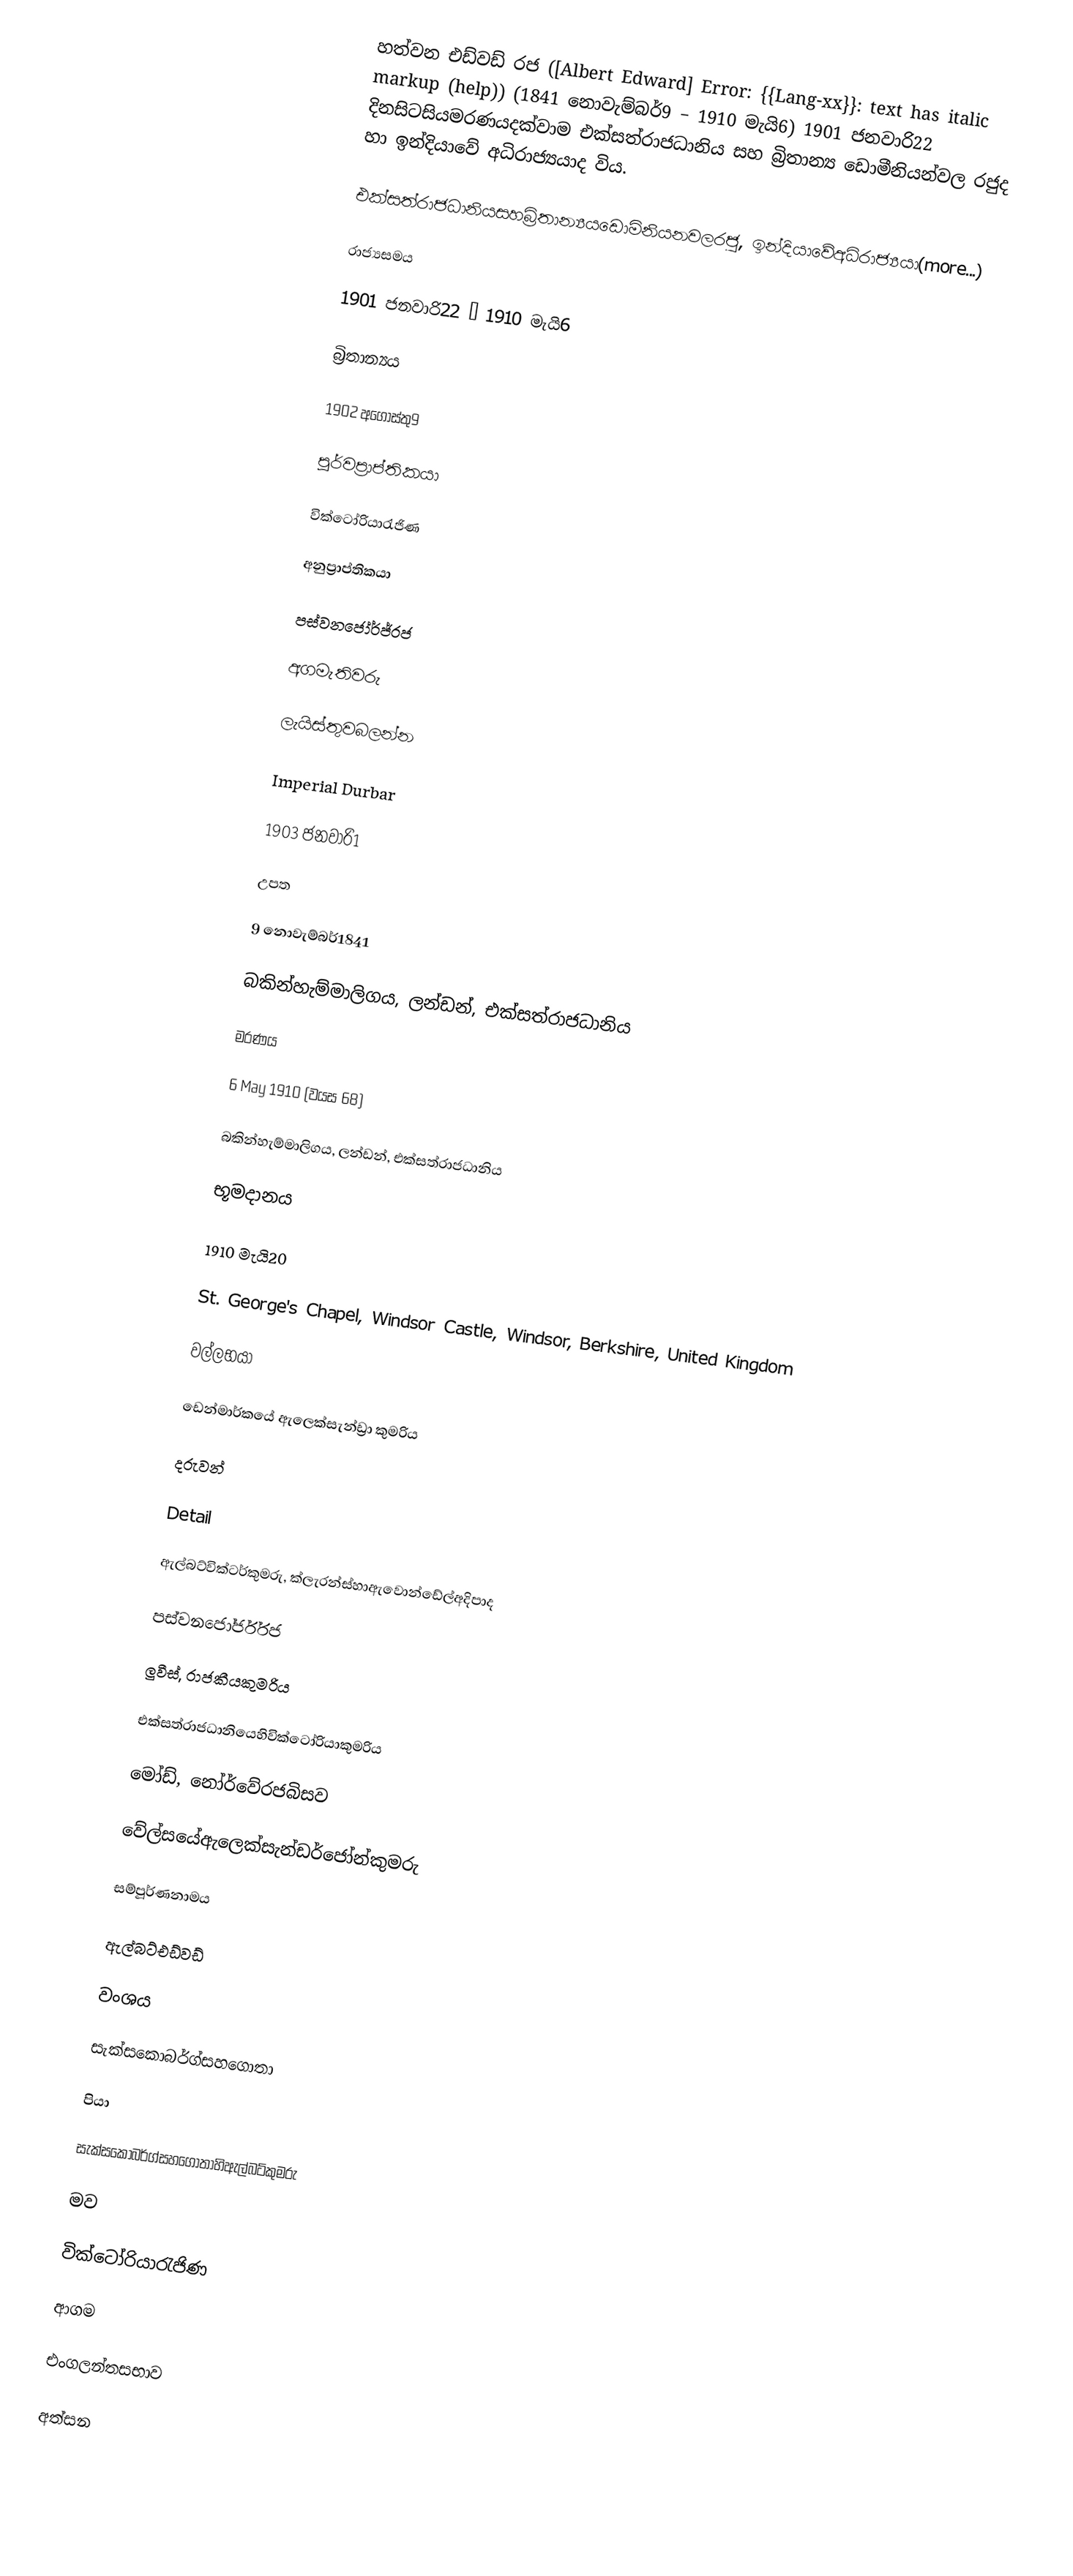
හත්වන එඩ්වඩ් රජ ([Albert Edward] Error: {{Lang-xx}}: text has italic markup (help)) (1841 නොවැම්බර්9 – 1910 මැයි6) 1901 ජනවාරි22    දිනසිටසියමරණයදක්වාම එක්සත්රාජධානිය සහ බ්‍රිතාන්‍ය ඩොමීනියන්වල රජුද හා ඉන්දියාවේ අධිරාජ්‍යයාද විය.

එක්සත්රාජධානියසහබ්‍රිතාන්‍යයඩොමිනියනවලරජු, ඉන්දියාවේඅධිරාජ්‍යයා(more...)

රාජ්‍යසමය

1901 ජනවාරි22 – 1910 මැයි6

බ්‍රිතාන්‍යය

1902 අගෝස්තු9

පූර්වප්‍රාප්තිකයා

වික්ටෝරියාරැජිණ

අනුප්‍රාප්තිකයා

පස්වනජෝර්ජ්රජ

අගමැතිවරු

ලැයිස්තුවබලන්න

Imperial Durbar

1903 ජනවාරි1

උපත

9 නොවැම්බර්1841

බකින්හැම්මාලිගය, ලන්ඩන්, එක්සත්රාජධානිය

මරණය

6 May 1910 (වයස 68)

බකින්හැම්මාලිගය, ලන්ඩන්, එක්සත්රාජධානිය

භූමදානය

1910 මැයි20

St. George's Chapel, Windsor Castle, Windsor, Berkshire, United Kingdom

වල්ලභයා

ඩෙන්මාර්කයේ ඇලෙක්සැන්ඩ්‍රා කුමරිය

දරුවන්

Detail

ඇල්බට්වික්ටර්කුමරු, ක්ලැරන්ස්හාඇවොන්ඩේල්අදිපාද

පස්වනජෝර්ජ්රජ

ලුවීස්, රාජකීයකුමරිය

එක්සත්රාජධානියෙහිවික්ටෝරියාකුමරිය

මෝඩ්, නෝර්වේරජබිසව

වේල්සයේඇලෙක්සැන්ඩර්ජෝන්කුමරු

සම්පූර්ණනාමය

ඇල්බට්එඩ්වඩ්

වංශය

සැක්සකොබර්ග්සහගොතා

පියා

සැක්සකොබර්ග්සහගොතාහිඇල්බට්කුමරු

මව

වික්ටෝරියාරැජිණ

ආගම

එංගලන්තසභාව

අත්සන